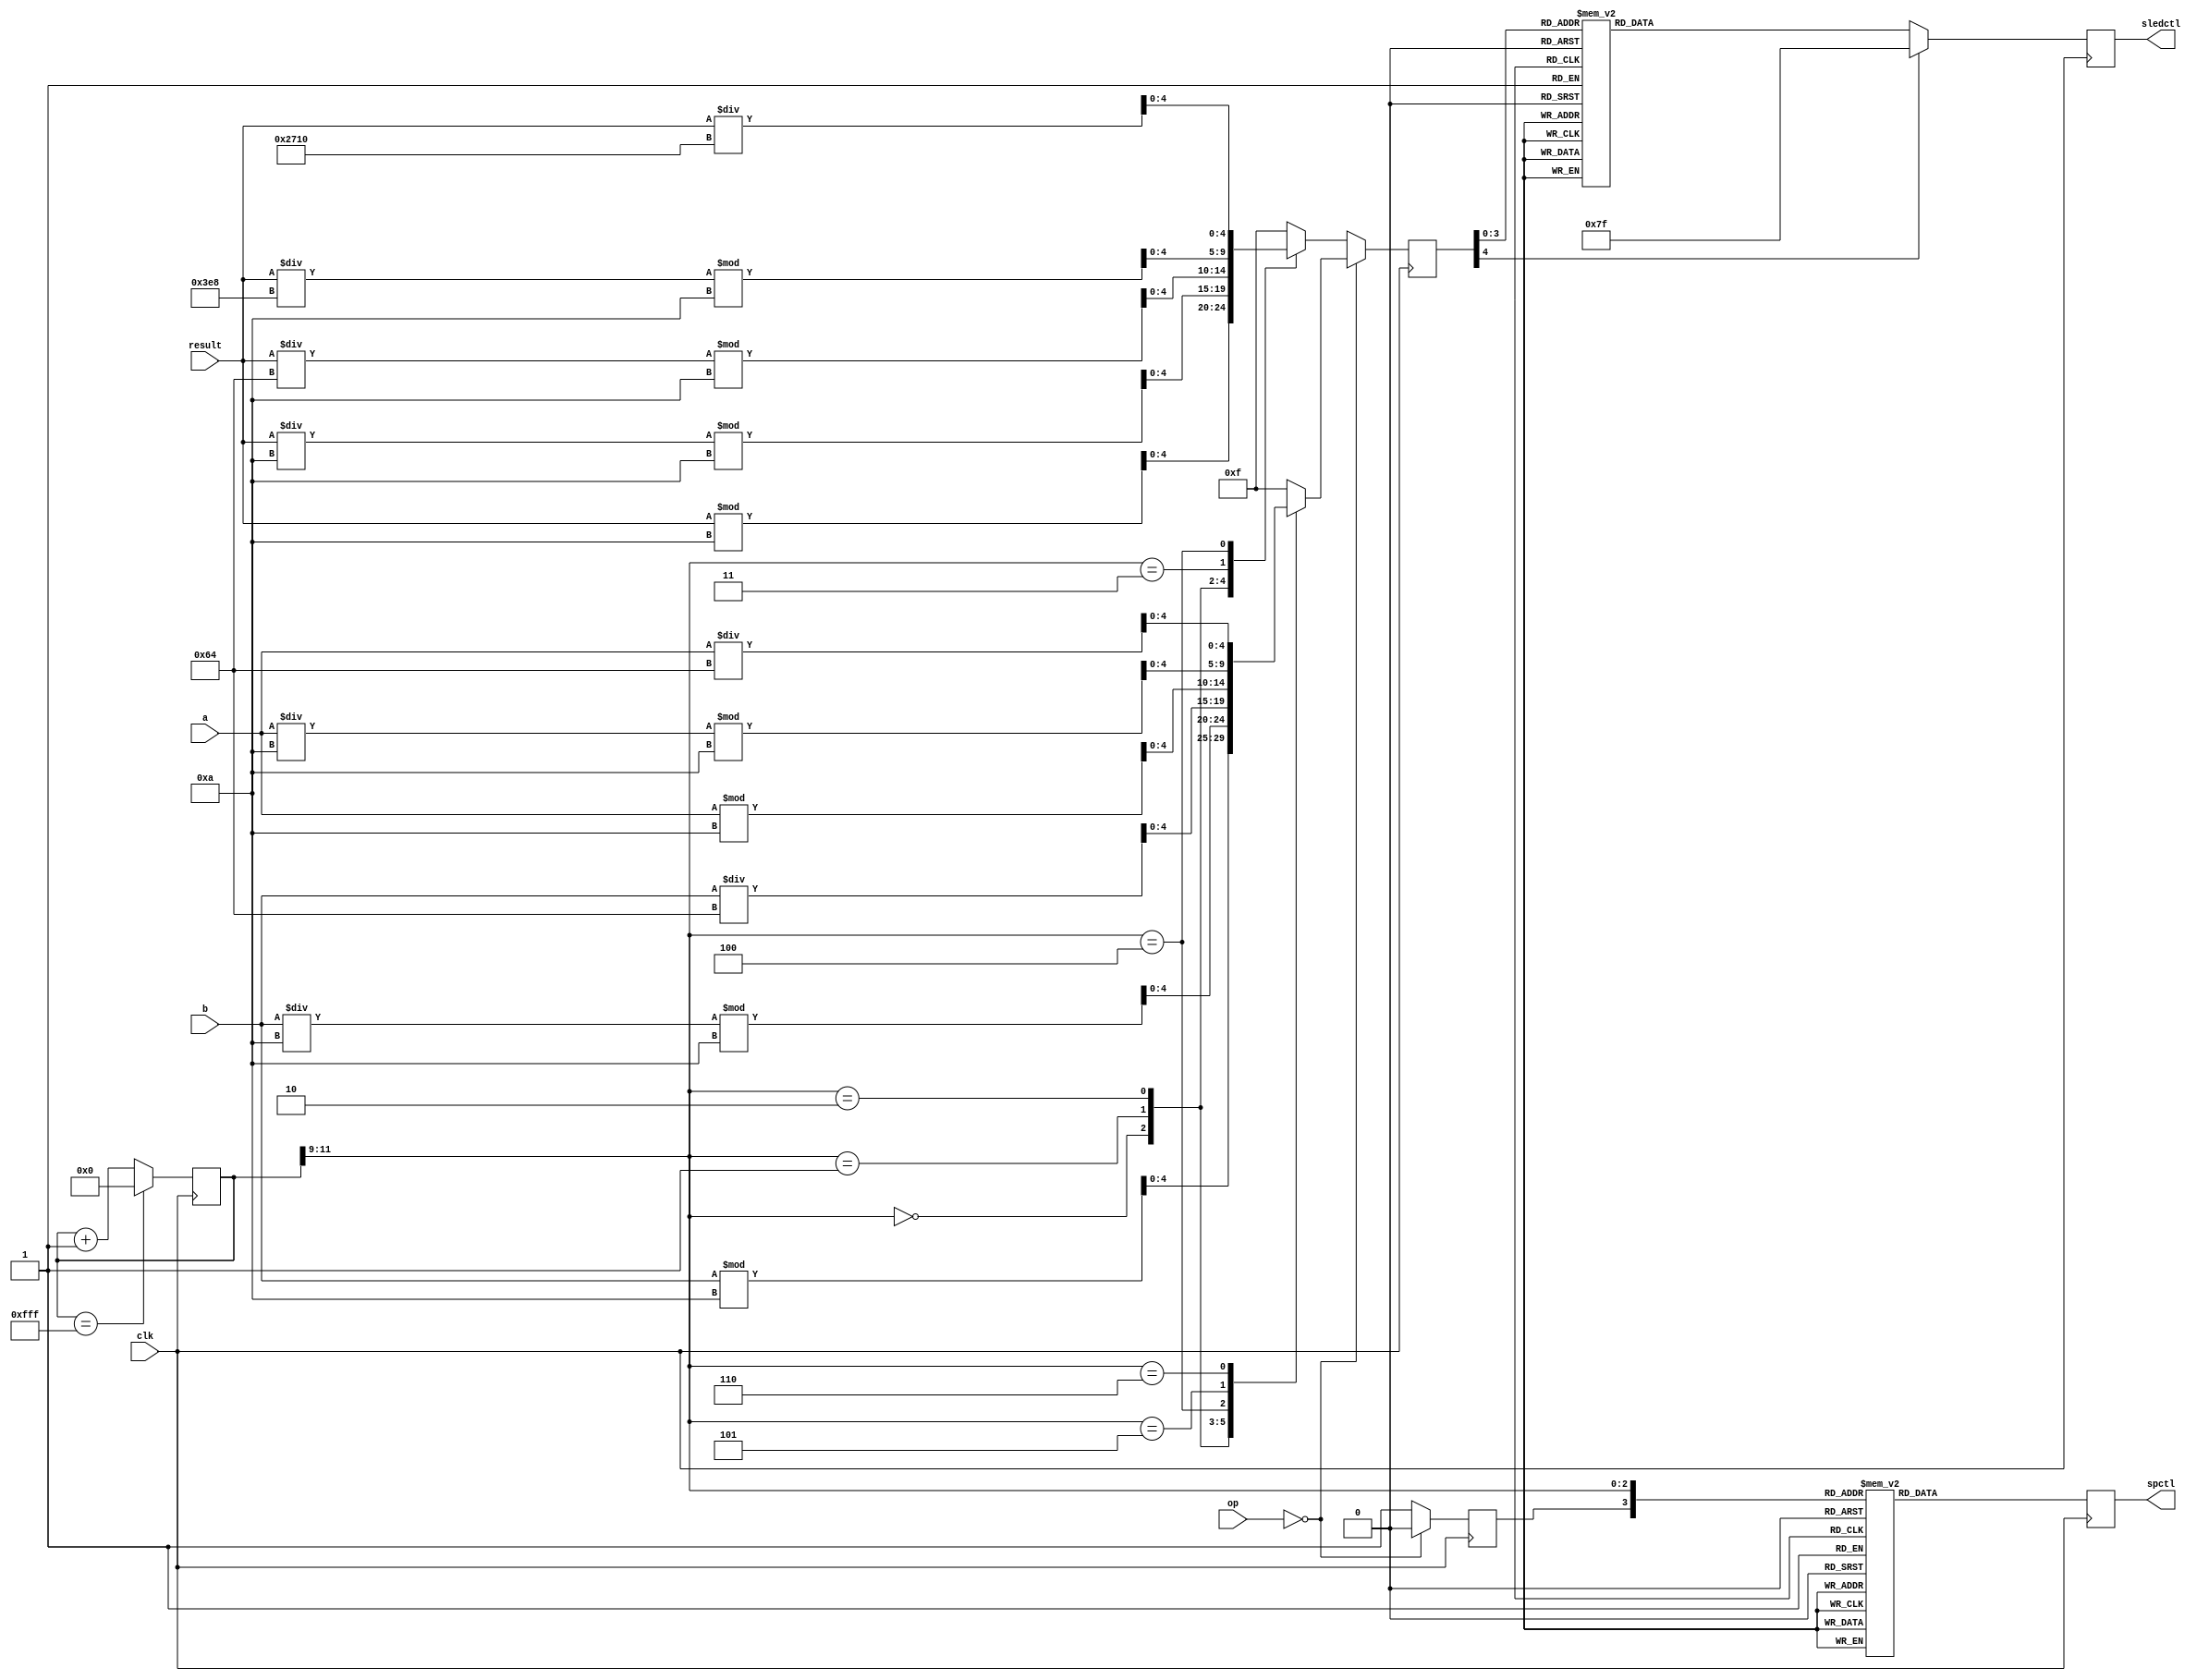
module ctl7seg(
	input clk,
	input [7:0] a, b,
	input [15:0] result,
	input [1:0] op,
	
	output [7:0] spctl,
	output [6:0] sledctl
	);
	
	reg [7:0] spctl;
	reg [6:0] sledctl;
	reg [11:0] count;
	reg [4:0] tmpin;
	reg dr;
	
	always@(posedge clk)
	begin
		case (count)
			12'b111111111111 : count <= 12'b0;
			default : count <= count +1;
		endcase
	end
	

	always@(posedge clk)
	begin
		if(op==0)
		begin
			dr=0;
			case (count[11:9])
			3'b000 : tmpin = b % 10;
			3'b001 : tmpin = b / 10 % 10;
			3'b010 : tmpin = b / 100;
			3'b100 : tmpin = a % 10;
			3'b101 : tmpin = a / 10 % 10;
			3'b110 : tmpin = a / 100;
			default : tmpin = 4'b1111;
			endcase
			
		end
		else
		begin
			dr=1;
			case (count[11:9])
			3'b000 : tmpin = result % 10;
			3'b001 : tmpin = result / 10 % 10;
			3'b010 : tmpin = result / 100 % 10;
			3'b011 : tmpin = result / 1000 % 10;
			3'b100 : tmpin = result / 10000;
			default : tmpin = 4'b1111;
			endcase
		end
	end
	
	always@(posedge clk)
	begin
		case(tmpin)
		0 : sledctl <= 7'b1000000;
		1 : sledctl <= 7'b1111001;
		2 : sledctl <= 7'b0100100;
		3 : sledctl <= 7'b0110000;
		4 : sledctl <= 7'b0011001;
		5 : sledctl <= 7'b0010010;
		6 : sledctl <= 7'b0000010;
		7 : sledctl <= 7'b1111000;
		8 : sledctl <= 7'b0000000;
		9 : sledctl <= 7'b0010000;
		default : sledctl <= 7'b1111111;
	endcase
	
	case({dr,count[11:9]})
		4'b1000 : spctl <= 8'b11111110;
		4'b1001 : spctl <= 8'b11111101;
		4'b1010 : spctl <= 8'b11111011;
		4'b1011 : spctl <= 8'b11110111;
		4'b1100 : spctl <= 8'b11101111;
		4'b0000 : spctl <= 8'b11111110;
		4'b0001 : spctl <= 8'b11111101;
		4'b0010 : spctl <= 8'b11111011;
		4'b0100 : spctl <= 8'b11101111;
		4'b0101 : spctl <= 8'b11011111;
		4'b0110 : spctl <= 8'b10111111;
		default : spctl <= 8'b11111111;
	endcase
end
endmodule